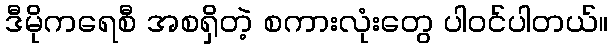
ဒီမိုကရေစီ အစရှိတဲ့ စကားလုံးတွေ ပါဝင်ပါတယ်။